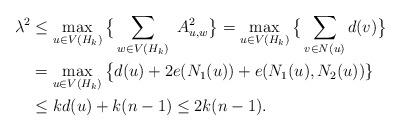
LaTeX: \begin{align*}\lambda^2 &\leq \max_{u \in V(H_k)} \big\{\sum_{w\in V(H_k)}\ A^2_{u,w} \big\} = \max_{u \in V(H_k)}\big\{\sum_{v \in N(u)}d(v)\big\}\\ &= \max_{u \in V(H_k)}\big\{d(u) + 2e(N_1(u)) + e(N_1(u), N_2(u))\}\\&\leq kd(u) + k(n-1) \leq 2k(n-1).\end{align*}